Veterinary regulations India, 1935 -
Year: 1935
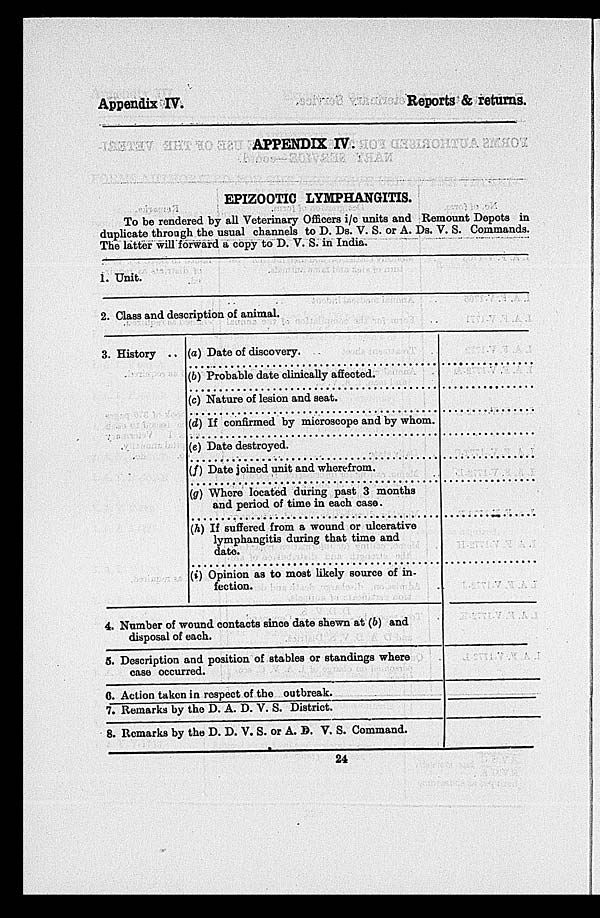
Appendix IV.
Reports & returns.
APPENDIX IV.
EPIZOOTIC LYMPHANGITIS.
To be rendered by all Veterinary Officers i/c units and Remount Depots in
duplicate through the usual channels to D. Ds. V. S. or A. Ds. V. S. Commands.
The latter will forward a copy to D. V. S. in India.
1.
2.
3.
4.
5.
6.
7.
8.
Unit.
Class and description of animal.
History .. (a) Date of discovery.
(b) Probable date clinically affected.
(c) Nature of lesion and seat.
(d) If confirmed by microscope and by whom.
(e) Date destroyed.
(f) Date joined unit and wherefrom.
(g) Where located during past 3 months
and period of time in each case.
(h) If suffered from a wound or ulcerative
lymphangitis during that time and
date.
(i) Opinion as to most likely source of in-
fection.
Number of wound contacts since date shewn at (b) and
disposal of each.
Description and position of stables or standings where
case occurred.
Action taken in respect of the outbreak.
Remarks by the D. A. D. V. S. District.
Remarks by the D. D. V. S. or A. B. V. S. Command.
24